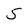
Character: 5